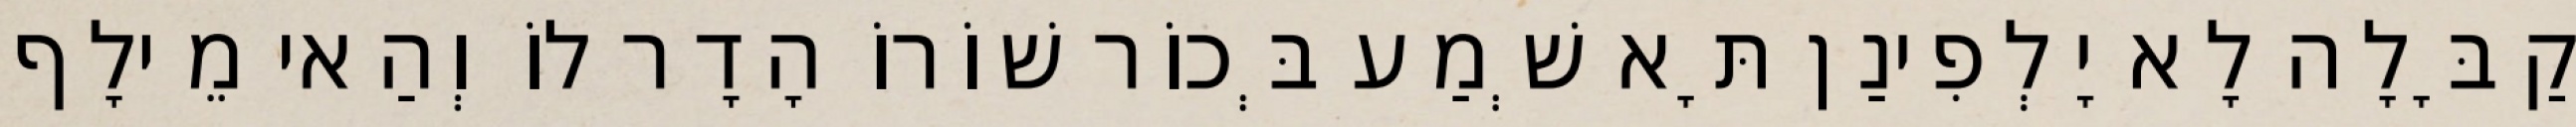
קַבָּלָה לָא יָלְפִינַן תָּא שְׁמַע בְּכוֹר שׁוֹרוֹ הָדָר לוֹ וְהַאי מֵילָף